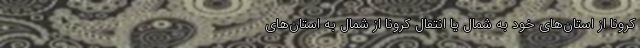
کرونا از استان‌های خود به شمال یا انتقال کرونا از شمال به استان‌های